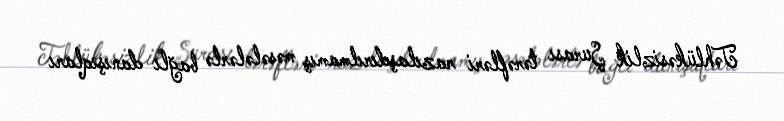
Təhlükəsizlik Şurası tərəfləri razılaşdırılmamış məsələlərlə bağlı danışıqları